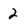
Character: 2